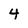
Character: 4